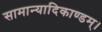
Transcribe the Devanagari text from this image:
सामान्यादिकाण्डम्।